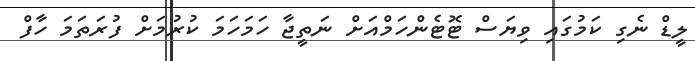
ލީޑް ނެގި ކަމުގައި ވިޔަސް ޓޮޓެންހަމްއަށް ނަތީޖާ ހަމަހަމަ ކުރުމަށް ފުރަތަމަ ހާފް